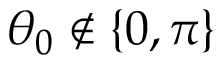
\theta _ { 0 } \notin \{ 0 , \pi \}